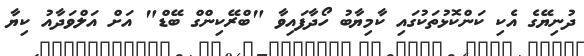
ދުނިޔޭގެ އެކި ކަންކޮޅުތަކުގައި ކާމިޔާބު ހޯދާފައިވާ "ބްރޭކިންގް ބޭޑް" އަށް އަލްވަދާއު ކިޔާ